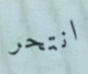
انتحر